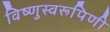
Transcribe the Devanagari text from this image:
विष्णुस्वरूपिणी